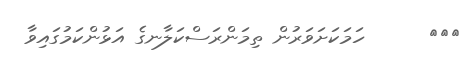
١٧١      ހަމަކަށަވަރުން ތިމަންރަސްކަލާނގެ އަޅުންކަމުގައިވާ